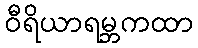
ဝီရိယာရမ္ဘကထာ